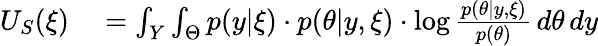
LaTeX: \begin{array}{rl}{U_{S}(\xi)}&{{}=\int_{Y}\int_{\Theta}p(y|\xi)\cdot p(\theta|y,\xi)\cdot\log\frac{p(\theta|y,\xi)}{p(\theta)}\, d\theta\, dy}\end{array}